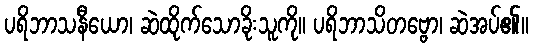
ပရိဘာသနီယော၊ ဆဲထိုက်သောခိုးသူကို။ ပရိဘာသိတဗ္ဗော၊ ဆဲအပ်၏။